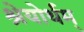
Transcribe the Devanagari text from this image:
श्रेयोर्थम्‌